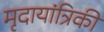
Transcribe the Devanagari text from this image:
मृदायांत्रिकी